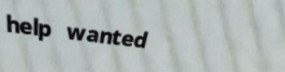
help wanted